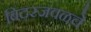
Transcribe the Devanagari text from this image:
बिदरजवळचे